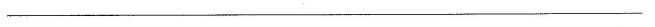
___